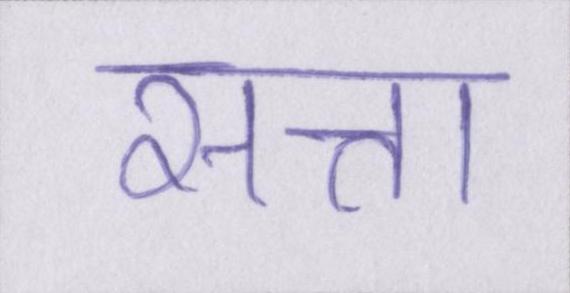
सत्ता